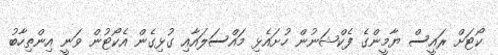
ކޯޓަށް ރައީސް ޔާމީންގެ ފެކްޝަނުން ހުށައެޅި މައްސަލައާއި ގުޅިގެން އެކޯޓުން ވަނީ އިންތިހާބު